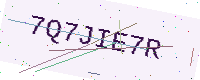
Text: 7Q7JIE7R